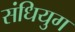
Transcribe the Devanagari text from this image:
संधियुग